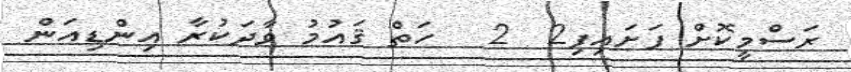
ރަސްމީކޮށް ފަށައިފި2  2   ހަތް ޤައުމު ވާދަކުރާ އިންޑިއަން